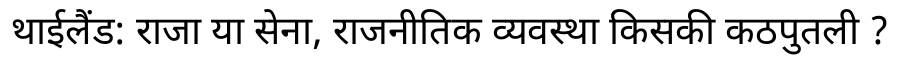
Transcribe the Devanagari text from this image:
थाईलैंड: राजा या सेना, राजनीतिक व्यवस्था किसकी कठपुतली ?